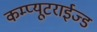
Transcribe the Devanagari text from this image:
कम्प्यूटराईज्ड